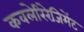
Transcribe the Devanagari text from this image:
कवलेरिरेजिमेंट